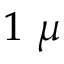
1 ~ \mu